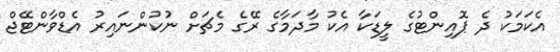
އެކަމަކު ދެ ޕޮއިންޓުގެ ލީޑަކާ އެކު މާދަމާގެ ރޭގެ މެޗަށް ނުކުންނައިރު އެޑްވާންޓޭޖް